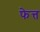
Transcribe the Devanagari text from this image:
फेत्त